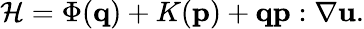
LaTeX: \mathcal{H}=\Phi(\mathbf{{q}})+K(\mathbf{{p}})+\mathbf{{q}}\mathbf{{p}}:\nabla\mathbf{{u}}.